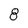
Character: 8